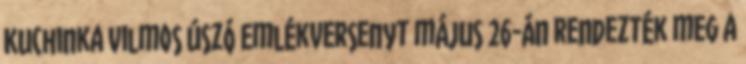
Kuchinka Vilmos Úszó Emlékversenyt május 26-án rendezték meg a